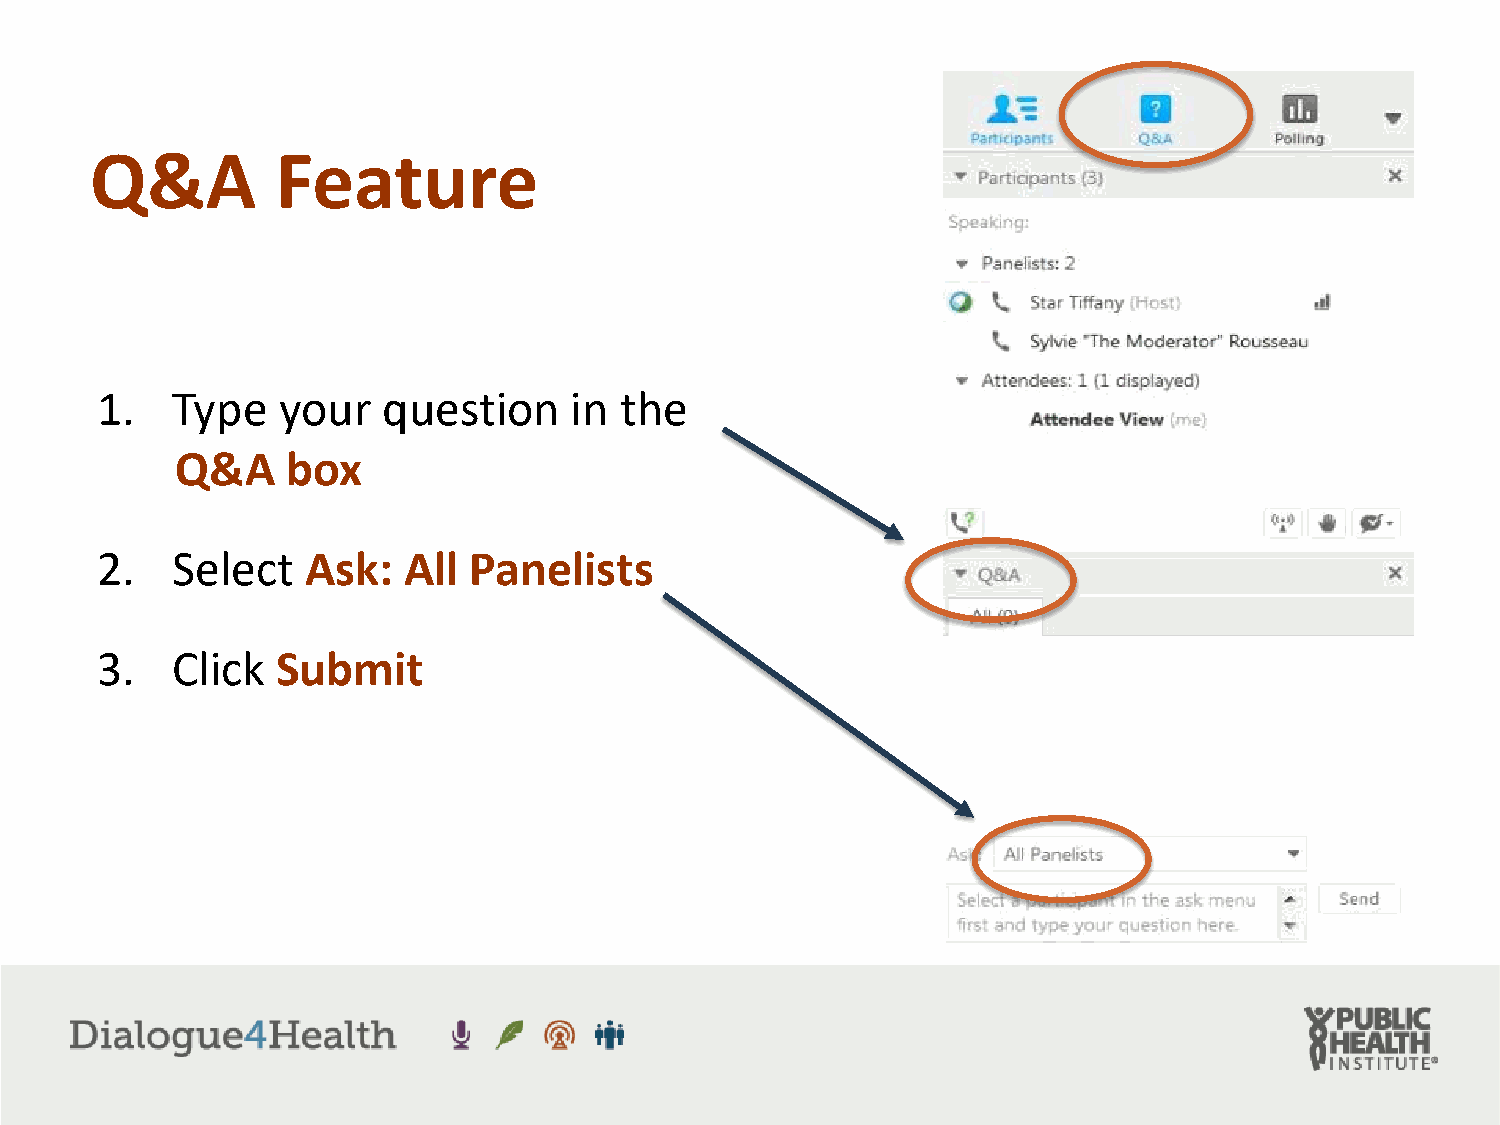
Q&A         Feature
 1.   Type   your   question     in the
 Q&A    box
 2.   Select   Ask:   All Panelists
 3.   Click  Submit